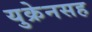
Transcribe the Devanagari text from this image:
युक्रेनसह